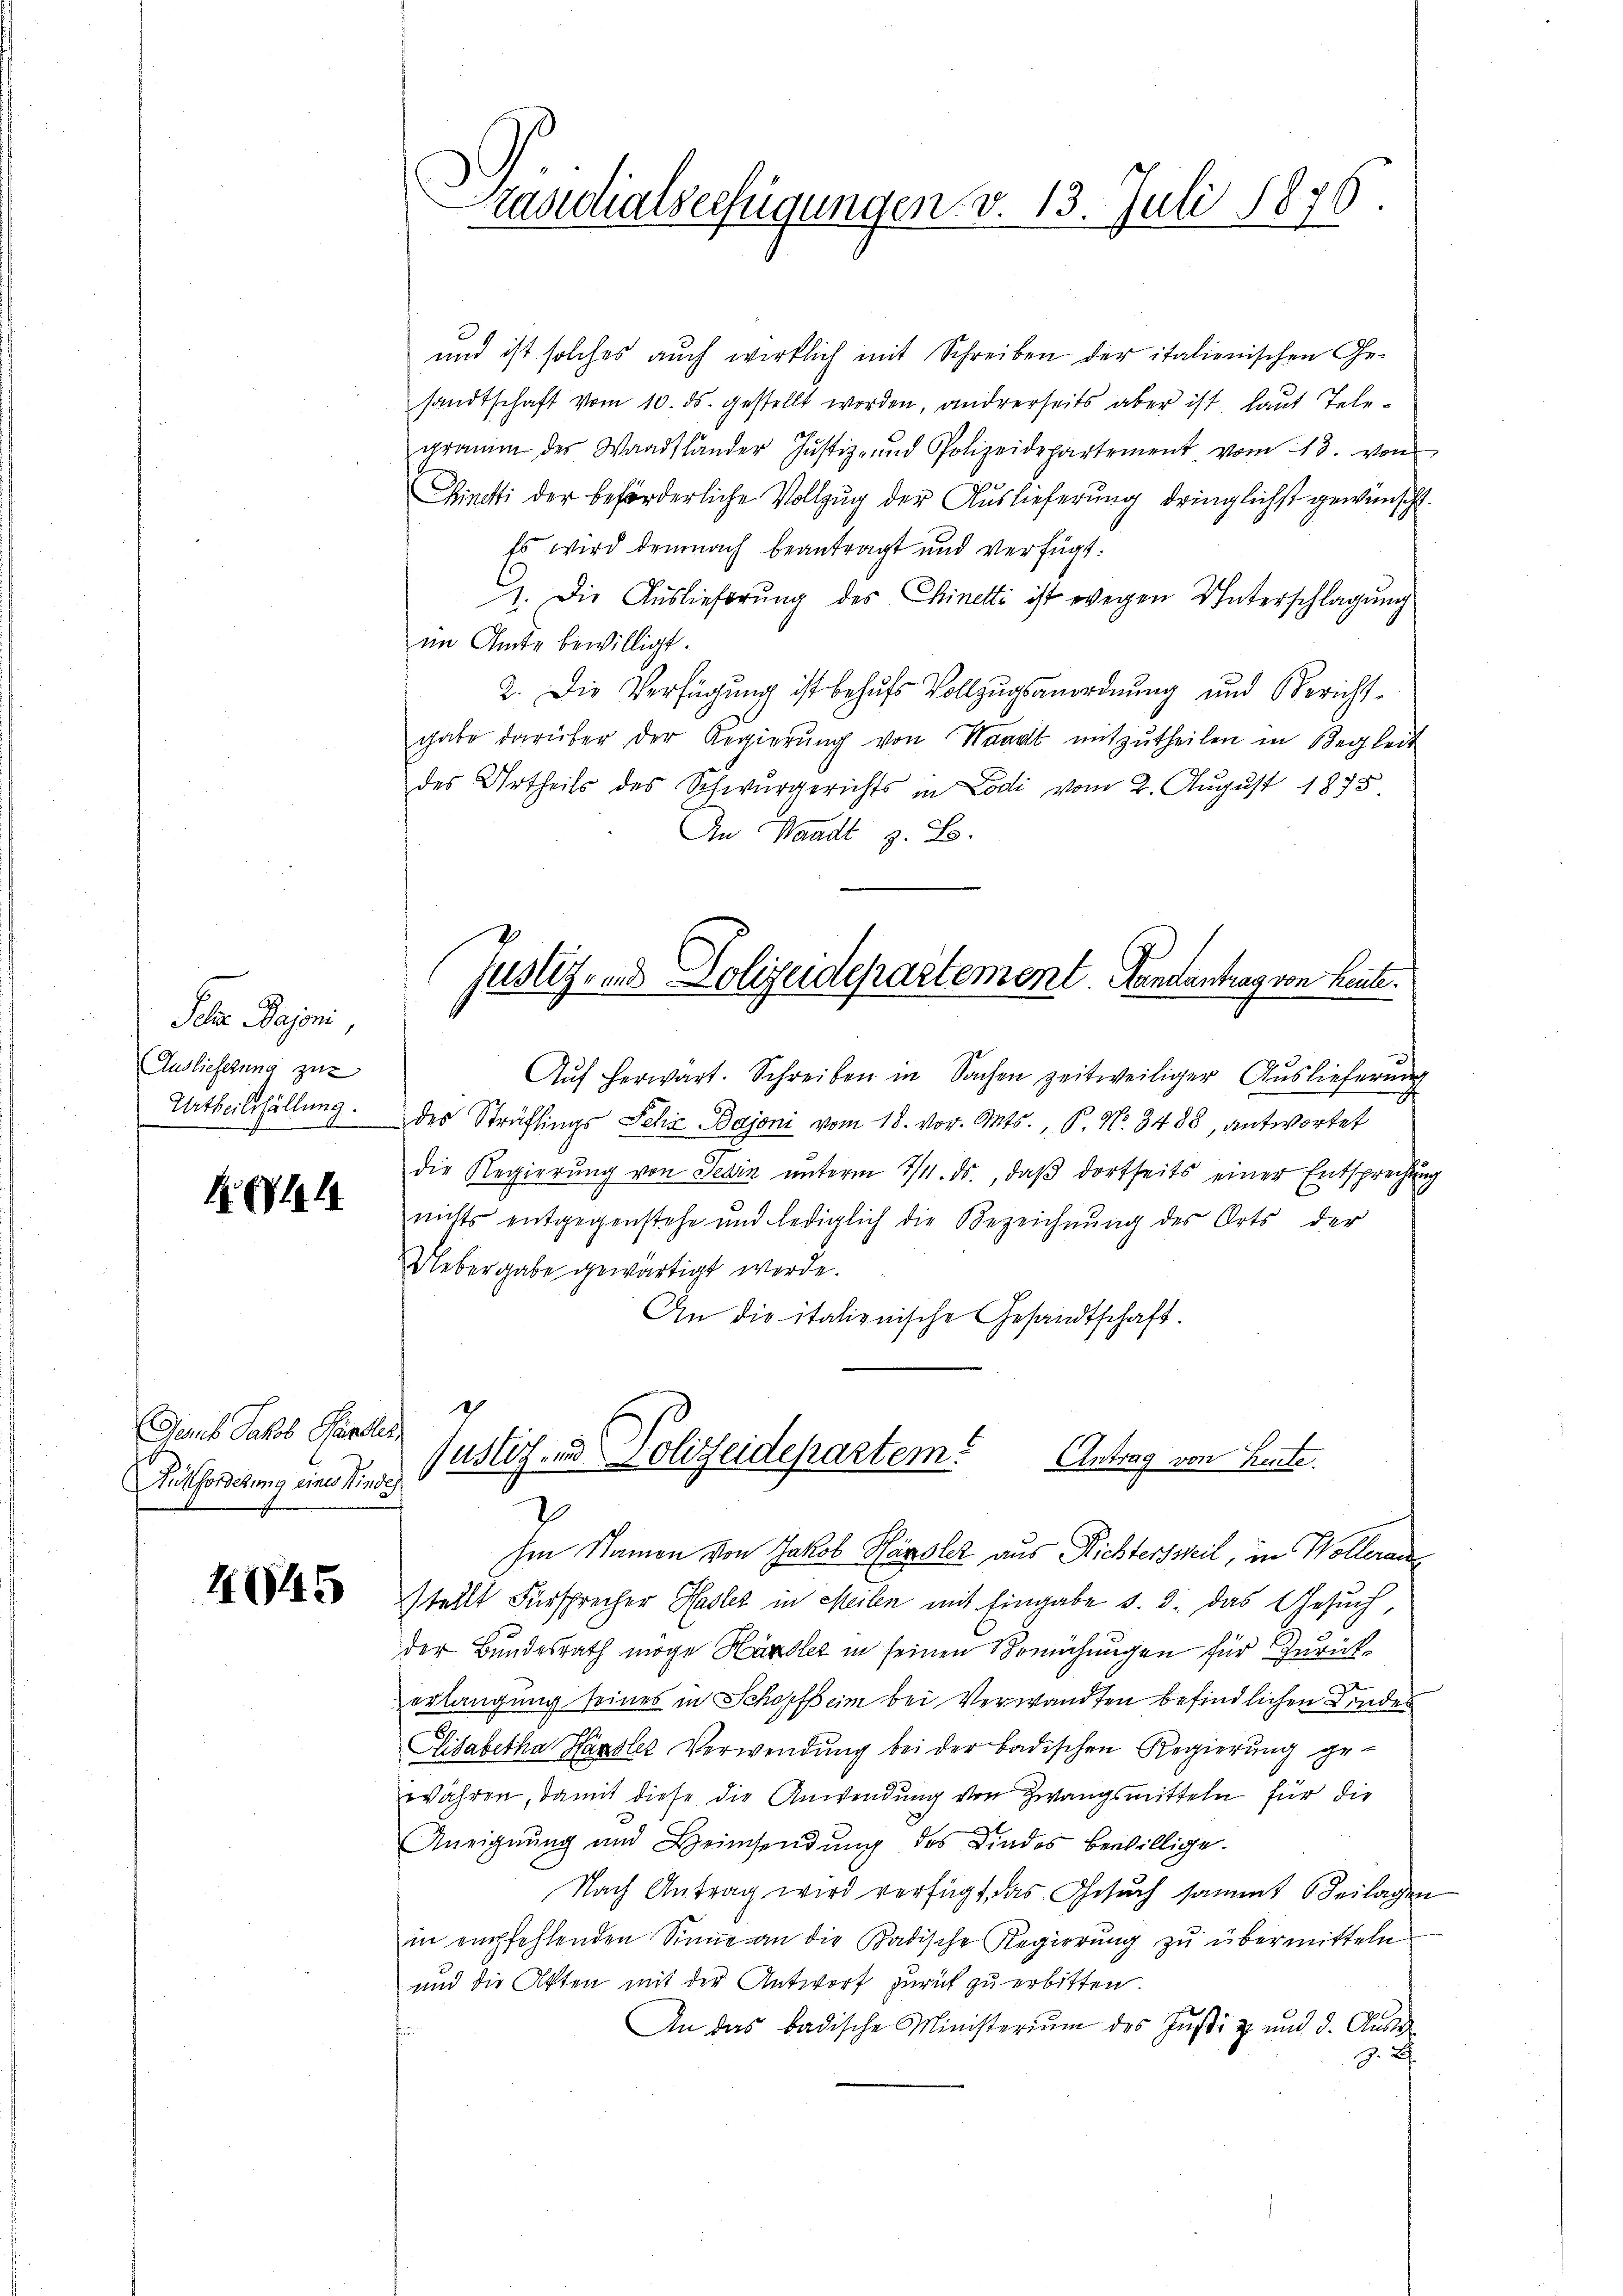
Pelze Bajoni,
Auslieferung zur
Urtheilsfällung.

Garb Jakob Pander
Filforderung eines Kinde

4645

Prasilialserfügungen v. 13. Juli 1876
h

und ist solches auch wirklich mit Schreiben der italienischen Ge-
sandtschaft vom 10. ds. gestellt worden, andrerseits aber ist, laut Telegramm des Waadtländer Justiz- und Polizeidepartement vom 13. von
Wincti der beförderliche Vollzug der Auslieferung dringlichst gewünscht.
Es wird demnach beantragt und verfügt:
1. Die Auslieferung des Chinetti ist wegen Unterschlagung
im Amte bewilligt.
2. Die Verfügung ist behufs Vollzugsanordnung und Berichtgabe darüber der Regierung von Waadt mitzutheilen in Begleit
des Urtheils des Schwurgerichts in Codi vom 2. August 1875
An Waadt z. B.
Auf herwart. Schreiben in Sachen zeitweiliger Ausliefernde
A
des Sträflings Sehr Bajoni vom 18. vor. Mts., P. No. 3488, antwortet
die Regierŭng von Selin ŭnterm 1/4. ds., daβ dortseits einer Entsprechŭng
nichts entgegenstehe und lediglich die Bezeichnŭng des Orts der
Uebergabe gewärtigt werde.
An die italienische Gesandtschaft.
h
Justiz- und Polizeidepartem Antrag von Leute.
V
hen Namen von Jakob Hänsler aus Richtersweil, in Wollerau
stellt Fürsprecher Hasler in Meilen mit Eingabe v. 3. das Gesuch,
der Bundesrath möge Handler in seinen Bemühungen für Zurückerlangung seines in Schopfheim bei Verwandten befindlichen Kindes
Lisabetha Hänsler Verwendung bei der badischen Regierŭng ge-
währen, damit diese die Anwendung von Zwangsmitteln für die
Aneignung und Heimsendung des Kindes bewillige.
Nach Antrag wird verfügt das Gesŭch sammt Beilagen
in empfehlenden Sinne an die Badische Regierŭng zŭ übermitteln
und die Akten mit der Antworf zurück zu erbitten
An das badische Ministerium des Justiz und d. Aus
z. B.

Justiz- und Polizeidepartement Handantrag von heute.